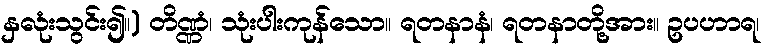
နှလုံးသွင်း၍။) တိဏ္ဏံ၊ သုံးပါးကုန်သော။ ရတနာနံ၊ ရတနာတို့အား။ ဥပဟာရ၊